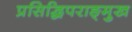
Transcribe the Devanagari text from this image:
प्रसिद्धिपराङ्‍मुख